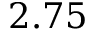
2 . 7 5